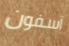
آسفون